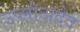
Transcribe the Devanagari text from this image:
उप्लोअदेद